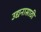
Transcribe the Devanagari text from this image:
उद्यनासाठी